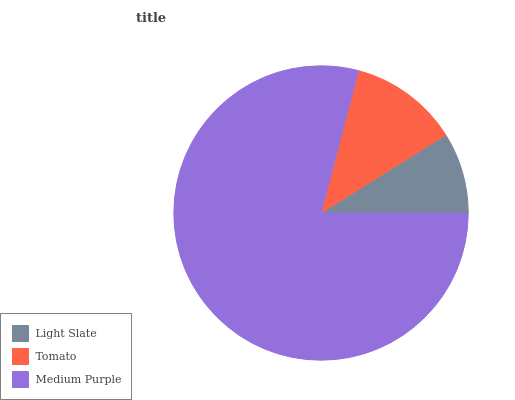
| Light Slate | Tomato | Medium Purple |
 | --- | --- | --- |
 | 8.91% | 12% | 79.1% |